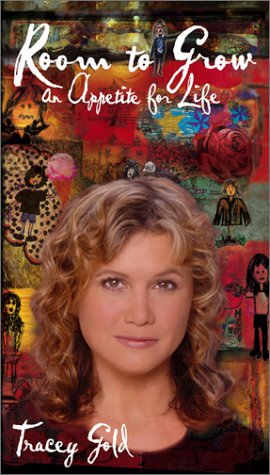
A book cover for Room to Grow: An Appetite for Life; Tracey Gold; Health, Fitness & Dieting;